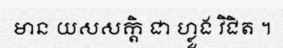
មាន យសសក្តិ ជា ហ្លួង វិជិត ។